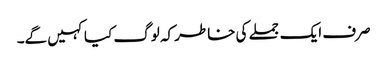
صرف ایک جملے کی خاطر کہ لوگ کیا کہیں گے۔